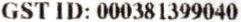
GST ID: 000381399040